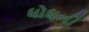
ધોધની